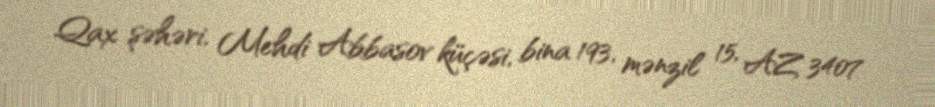
Qax şəhəri, Mehdi Abbasov küçəsi, bina 193, mənzil 15, AZ 3407